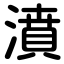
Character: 濆